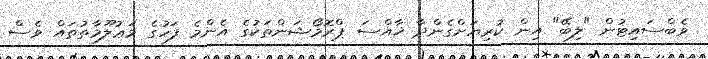
ވެބްސައިޓުން "ލިބޭ" އިން ކުރިޔަށްގެންދާ ޚާއްސަ ޕްރޮމޯޝަންތަކުގެ އެންމެ ފަހުގެ މަޢުލޫމާތުތައް ވެސް